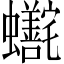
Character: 𬠺